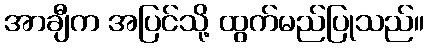
အာချီက အပြင်သို့ ထွက်မည်ပြုသည်။